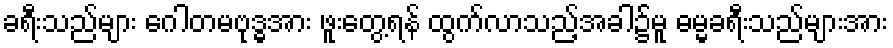
ခရီးသည်များ ဂေါတမဗုဒ္ဓအား ဖူးတွေ့ရန် ထွက်လာသည့်အခါ၌မူ ဓမ္မခရီးသည်များအား